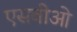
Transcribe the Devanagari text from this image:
एसवीओ